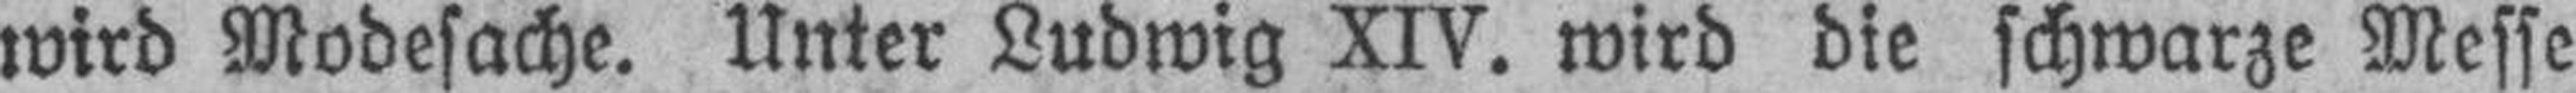
wird Modesache. Unter Ludwig XIV. wird die schwarze Messe